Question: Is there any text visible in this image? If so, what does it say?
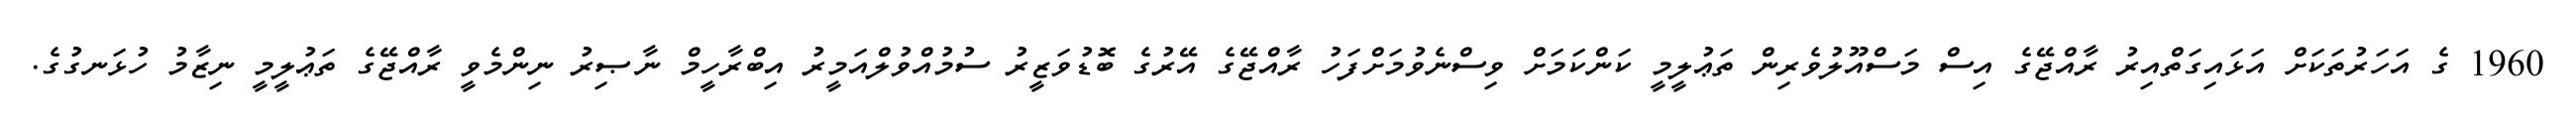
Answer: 1960 ގެ އަހަރުތަކަށް އަޅައިގަތްއިރު ރާއްޖޭގެ އިސް މަސްއޫލުވެރިން ތަޢުލީމީ ކަންކަމަށް ވިސްނެވުމަށްފަހު ރާއްޖޭގެ އޭރުގެ ބޮޑުވަޒީރު ސުމުއްވުލްއަމީރު އިބްރާހީމް ނާޞިރު ނިންމެވީ ރާއްޖޭގެ ތަޢުލީމީ ނިޒާމު ހުޅަނގުގެ.